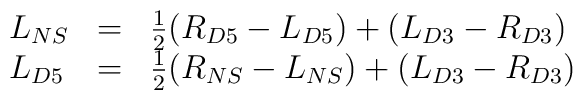
\begin{array}{lll}L_{NS} &=&  \frac{1}{2}(R_{D5}-L_{D5}) +(L_{D3}-R_{D3})   \\L_{D5} &=&  \frac{1}{2}(R_{NS}-L_{NS}) +(L_{D3}-R_{D3})\end{array}